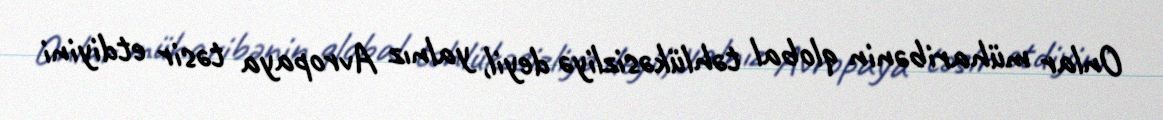
Onlar müharibənin qlobal təhlükəsizliyə deyil, yalnız Avropaya təsir etdiyini